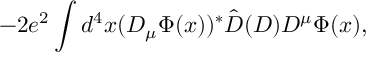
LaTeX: - 2 e ^ { 2 } \int d ^ { 4 } x ( D _ { \mu } \Phi ( x ) ) ^ { * } { \hat { \cal D } } ( D ) D ^ { \mu } \Phi ( x ) ,